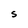
Character: S